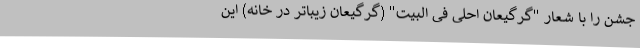
جشن را با شعار "گرگیعان احلی فی البیت" (گرگیعانِ زیباتر در خانه) این